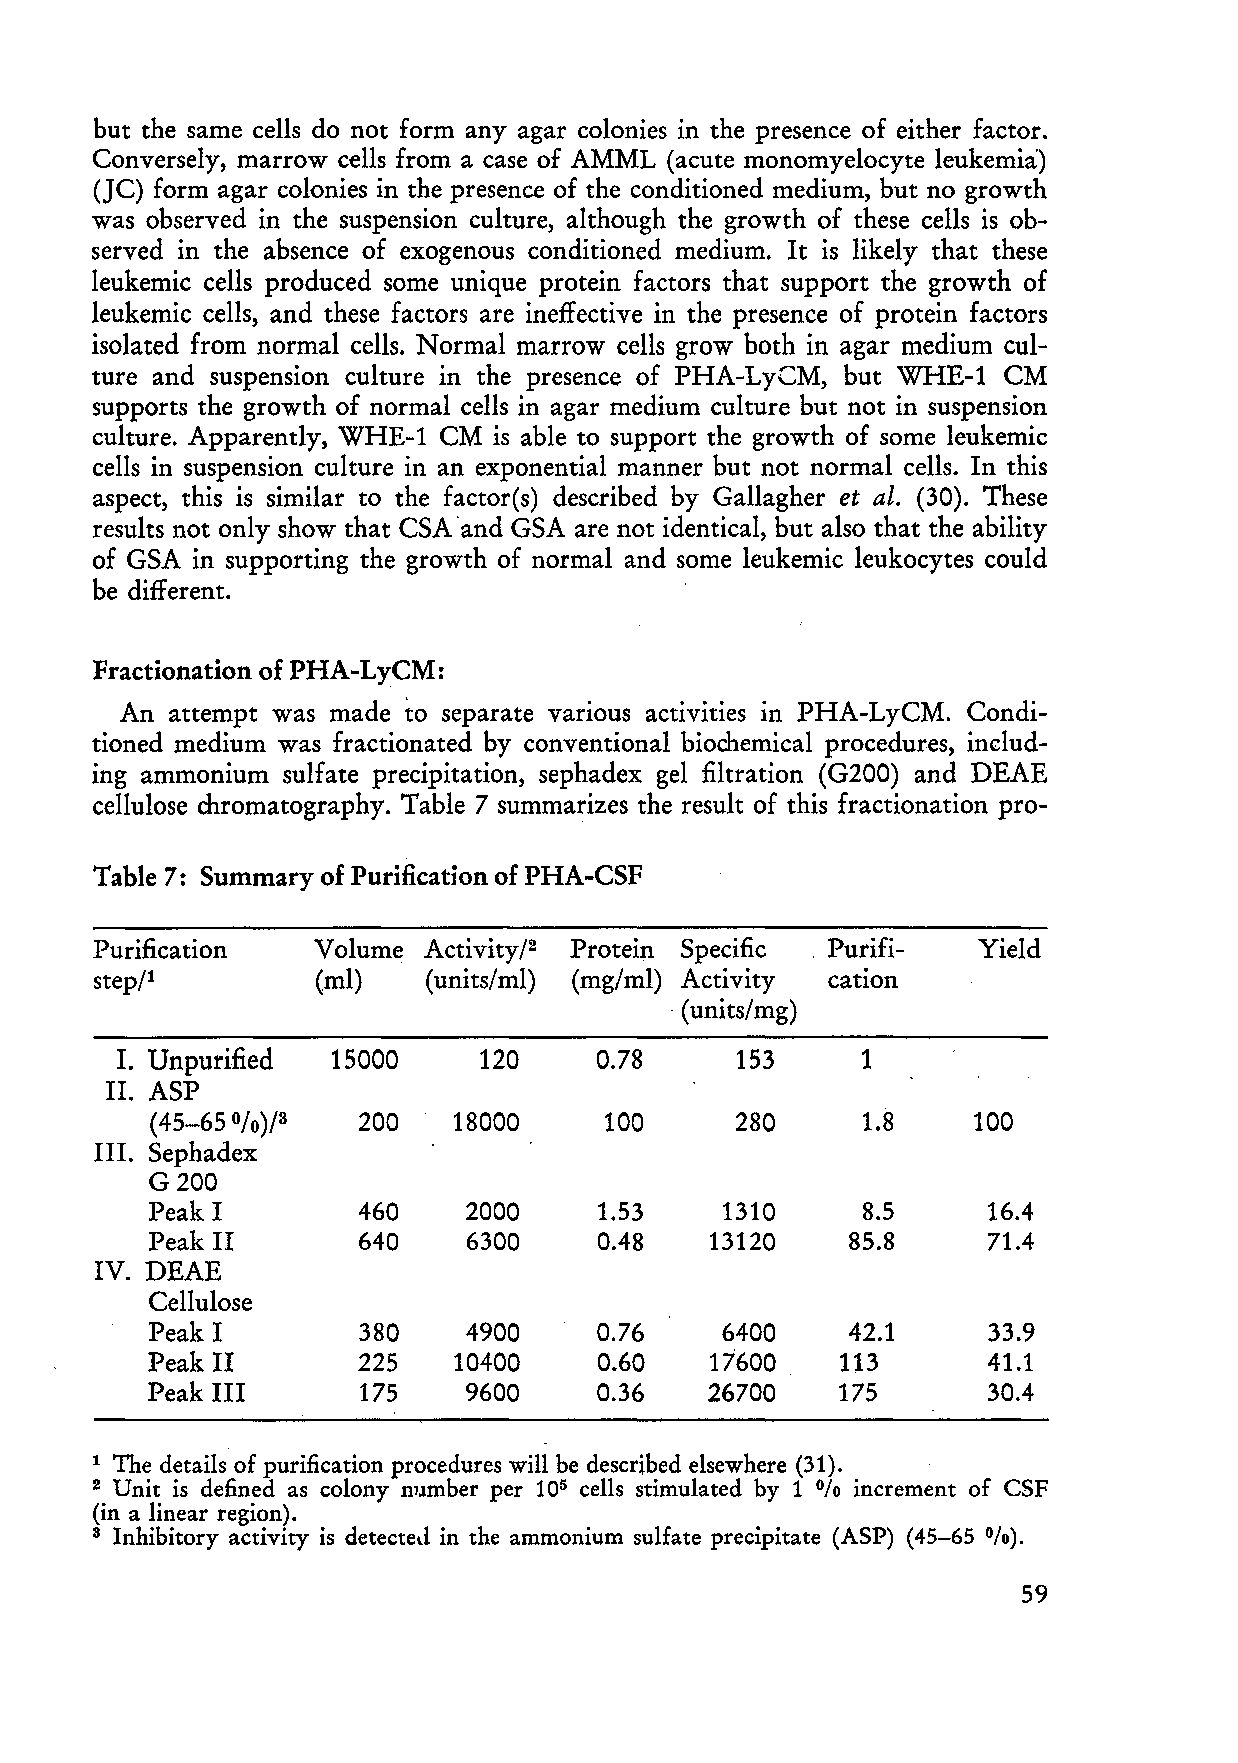
but the same cells do not form any ag ar colonies in the presence of either factor.
 Conversely, marrow cells from a case of AMML (acute monomyelocyte leukemia)
 (JC) form agar colonies in the presence of the conditioned medium, but no growth
 was observed in the suspension culture, although the growth of these cells is ob
 served in the absence of exogenous conditioned medium. It is likely that these
 leukemic cells produced some unique prot ein factors that support the growth of
 leukemic ceIls, and these factors are ineffective in the presence of protein factors
 isolated from normal cells. Normal marrow cells grow both in agar medium cul
 ture and suspension culture in the presence of PHA-LyCM, but WHE-l CM
 supports the growth of normal cells in agar medium culture but not in suspension
 culture. Apparently, WHE-l CM is able to support the growth of some leukemic
 cells in suspension culture in an exponential manner but not normal cells. In this
 aspect, this is similar to the factor(s) described by Gallagher et al. (30). These
 results not only show that CSA "and GSA are not identical, but also that the ability
 of GSA in supporting the growth of normal and some leukemic leukocytes could
 be different.
 Fractionation of PHA-LyCM:
 An attempt was made to separate various aCtlVltles in PHA-LyCM. Condi
 tioned medium was fractionated by conventional biochemical procedures, includ
 ing ammonium sulfate precipitation, sephadex gel filtration (G200) and DEAE
 cellulose chromatography. Table 7 summarizes the result of this fractionation pro-
 Table 7: Summary of Purification of PHA-CSF
 Purification   Volume Activity/2 Protein Specific " Purifi- Yield
 step/l         (mI)   (units/ml) (mg/mI) Activity cation
 "( units/mg)
 I. Unpurified 15000     120     0.78     153     1
 11. ASP
 0
 (45-65 /0)/3  200   18000     100      280     1.8     100
 111. Sephadex
 G200
 Peak I        460    2000     1.53    1310     8.5      16.4
 Peak 11       640    6300     0.48   13120    85.8      71.4
 IV. DEAE
 Cellulose
 Peak I        380    4900     0.76    6400    42.1      33.9
 Peak 11       225   10400     0.60   17600    113       41.1
 Peak 111      175    9600     0.36   26700    175       30.4
 The details of purification procedures will be described elsewhere (31). .
 1
 2 Unit is defined as colony nJlmber per 105 cells stimulated by 1 % increment of CSF
 (in a linear region).
 Inhibitory activity is detected in the ammonium sulfate precipitate (ASP) (45-65 %).
 3
 59